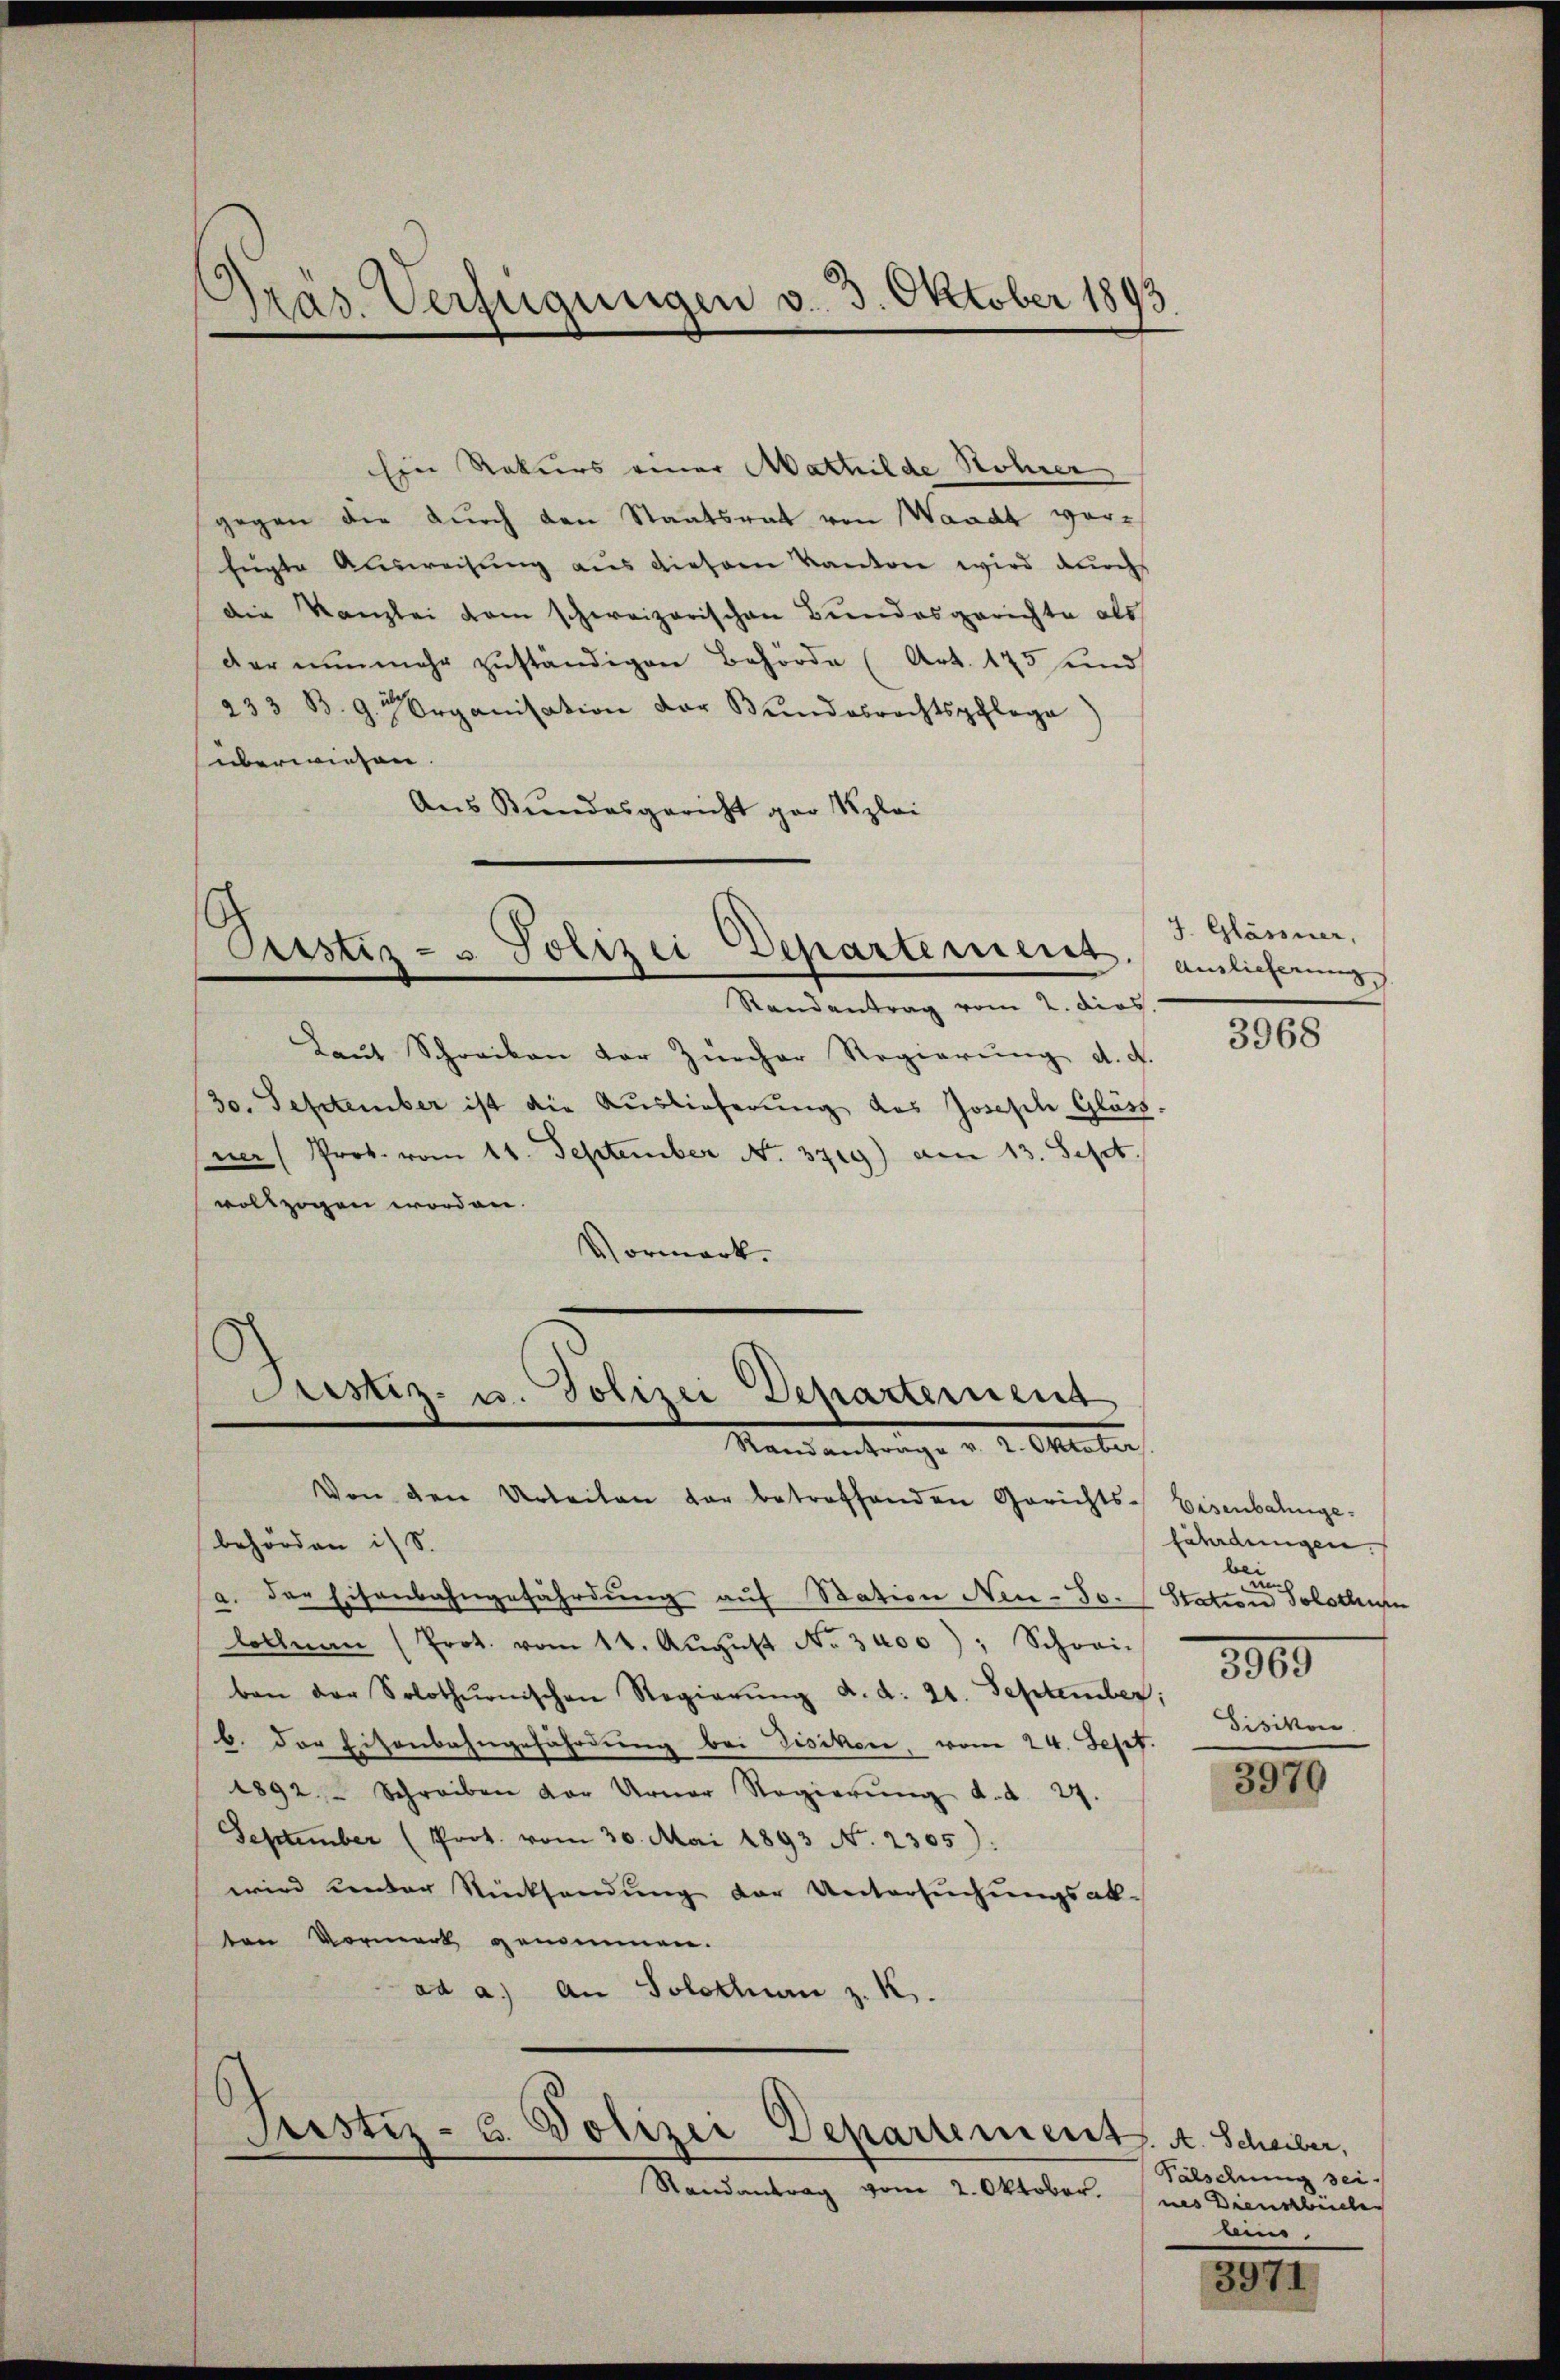
Pras. Verfügungen v. 3. Oktober 1893

Ein Rekurs einer Mathilde Hohrer
gegen die dŭrch den Staatsrat von Waadt vorfugte Ausweisung aus dieser Kanton wird durch
Die Kanzlei vom schweizerischen Bundesgerichte als
der nŭnmehr zŭständigen Behörde (Art. 175 und
233 B. 9. Organisation der Bundesrechtspflege
überwiesen.
Aus Bundesgericht par Klei

Pustiz- & Polizei Departement.
Randantrag vom 2. dies

Laŭt Schreiben der Zürcher Regierŭng d. d.
30. September ist die Auslieferung des Joseph Glass,
ner (Prot. vom 11. September No. 3719) am 13. Sept.
vollzogen worden.
Vormerk.

Justiz- u. Polizei Departement
Mandantrag v. 2. Mater

Von den Urteilen der betreffenden Gerichts-Eisenbahnge-
behörden ist.
a. der Eisenbahngefährdung auf Station Neu-Jo. (Station Solothurn
lollnau (Prot. vom 14. Aŭgŭst No. 3400), Schwei-
ben der Solothurnischen Regierŭng d. d. 21. September;
b. der Eisenbahngefährdung bei Fisikon, vom 24. Sept. Bisikon
1892 Schreiben der Urner Regierŭng d. d. 27.
September (Prot. vom 30. Mai 1893 No. 2305):
wird unter Rücksendŭng der Untersŭchŭngsab-
ten Vormerk genommen.
ad a.) An Solothurn z. K.

Justiz- u. Polizei Departement. A. Scheiber,

Randantrag vom 2. Oktober.

J. Glässner,
Auslieferung

3968

fährdungen.
be
3865

3970

Fälschung sei.
nes Diendbücher
ain.

3311